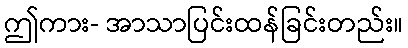
ဤကား- အာသာပြင်းထန်ခြင်းတည်း။